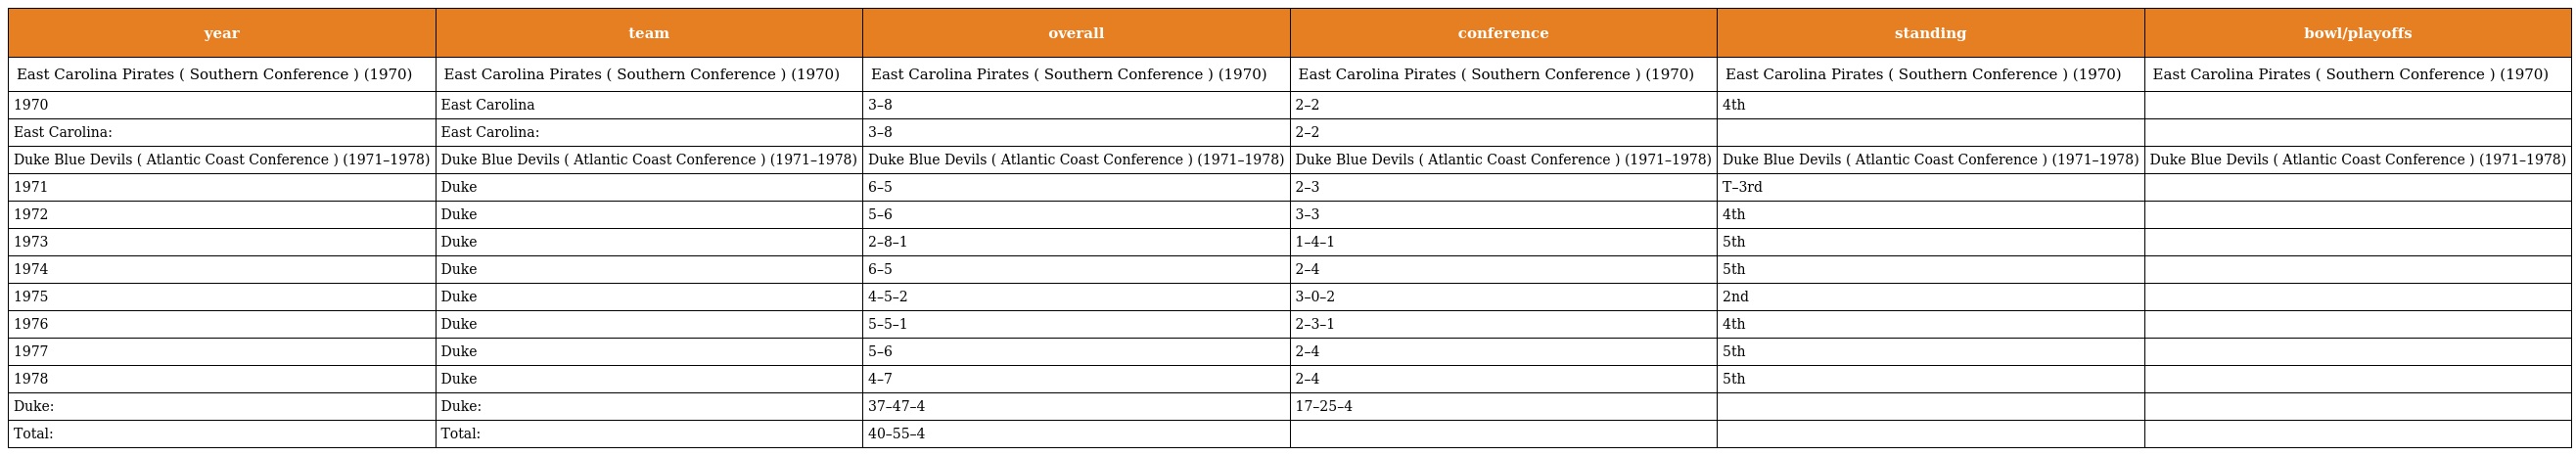
| year | team | overall | conference | standing | bowl/playoffs |
 | --- | --- | --- | --- | --- | --- |
 | East Carolina Pirates ( Southern Conference ) (1970) | East Carolina Pirates ( Southern Conference ) (1970) | East Carolina Pirates ( Southern Conference ) (1970) | East Carolina Pirates ( Southern Conference ) (1970) | East Carolina Pirates ( Southern Conference ) (1970) | East Carolina Pirates ( Southern Conference ) (1970) |
 | 1970 | East Carolina | 3–8 | 2–2 | 4th |  |
 | East Carolina: | East Carolina: | 3–8 | 2–2 |  |  |
 | Duke Blue Devils ( Atlantic Coast Conference ) (1971–1978) | Duke Blue Devils ( Atlantic Coast Conference ) (1971–1978) | Duke Blue Devils ( Atlantic Coast Conference ) (1971–1978) | Duke Blue Devils ( Atlantic Coast Conference ) (1971–1978) | Duke Blue Devils ( Atlantic Coast Conference ) (1971–1978) | Duke Blue Devils ( Atlantic Coast Conference ) (1971–1978) |
 | 1971 | Duke | 6–5 | 2–3 | T–3rd |  |
 | 1972 | Duke | 5–6 | 3–3 | 4th |  |
 | 1973 | Duke | 2–8–1 | 1–4–1 | 5th |  |
 | 1974 | Duke | 6–5 | 2–4 | 5th |  |
 | 1975 | Duke | 4–5–2 | 3–0–2 | 2nd |  |
 | 1976 | Duke | 5–5–1 | 2–3–1 | 4th |  |
 | 1977 | Duke | 5–6 | 2–4 | 5th |  |
 | 1978 | Duke | 4–7 | 2–4 | 5th |  |
 | Duke: | Duke: | 37–47–4 | 17–25–4 |  |  |
 | Total: | Total: | 40–55–4 |  |  |  |